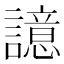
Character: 譩